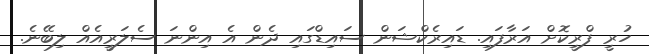
ހުރީ ފްރީކޮށް އަރާފައި. ޑައިރެކްޝަން ސައިޑްގައި ދެން އެ އިންނަ ސެލަރީއެއް ލިބޭނެ.